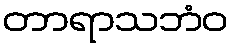
တာရာသဘံဝ